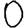
Digit: 0